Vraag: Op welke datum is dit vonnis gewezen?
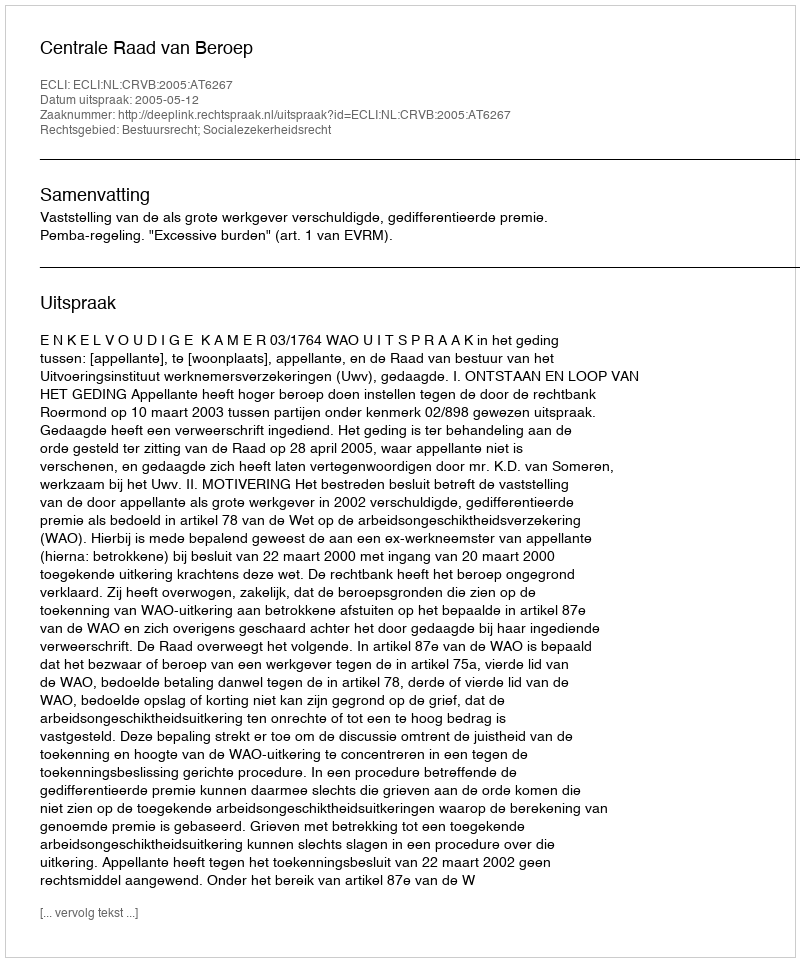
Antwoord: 2005-05-12